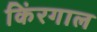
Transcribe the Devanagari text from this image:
किंरगाल